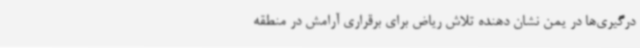
درگیری‌ها در یمن نشان دهنده تلاش ریاض برای برقراری آرامش در منطقه